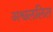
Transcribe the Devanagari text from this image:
अश्वललित